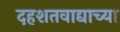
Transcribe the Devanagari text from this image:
दहशतवाद्याच्या